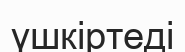
үшкіртеді